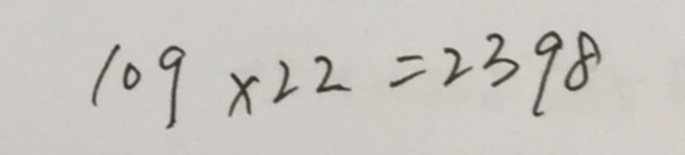
1 0 9 \times 2 2 = 2 3 9 8